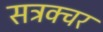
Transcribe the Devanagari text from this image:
सट्रक्चर